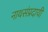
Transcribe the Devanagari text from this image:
नाथसंप्रदायी